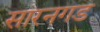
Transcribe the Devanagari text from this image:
सारनगड